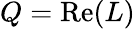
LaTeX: Q={\mathrm{Re}}(L)